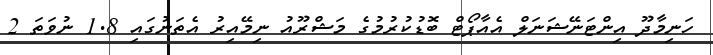
ހަނިމާދޫ އިންޓަނޭޝަނަލް އެއާޕޯޓް ބޮޑުކުރުމުގެ މަޝްރޫއު ނިމޭއިރު އެތަނުގައި 1.8 ނުވަތަ 2